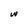
Character: w